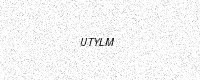
Text: UTYLM